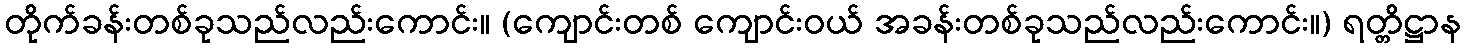
တိုက်ခန်းတစ်ခုသည်လည်းကောင်း။ (ကျောင်းတစ် ကျောင်းဝယ် အခန်းတစ်ခုသည်လည်းကောင်း။) ရတ္တိဋ္ဌာန